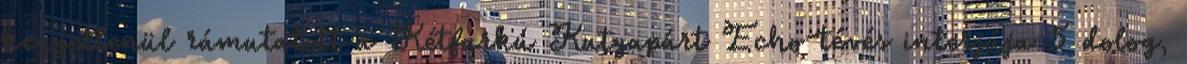
kegyetlenül rámutatott a Kétfarkú Kutyapárt Echo-tévés interjúja 5 dolog,